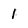
Character: 1